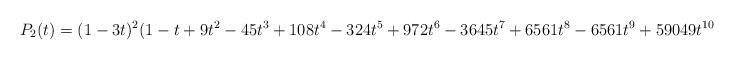
LaTeX: \begin{align*}P_2(t) = (1 - 3 t)^2 (1 - t + 9 t^2 - 45 t^3 + 108 t^4 - 324 t^5 + 972 t^6 - 3645 t^7 + 6561 t^8 - 6561 t^9 + 59049 t^{10})\end{align*}